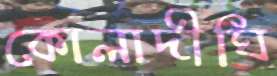
কোলাদীঘি